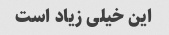
این خیلی زیاد است